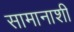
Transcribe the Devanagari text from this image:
सामानाशी